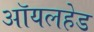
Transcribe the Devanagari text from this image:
ऑयलहेड